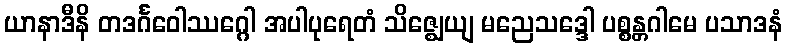
ယာနာဒီနိ တဒင်္ဂဝေါဿဂ္ဂေါ အပါပုရေတံ သိဇ္ဈေယျ မညေသဒ္ဒေါ ပစ္စန္တဂါမေ ပသာဒနံ